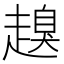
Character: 𧽒